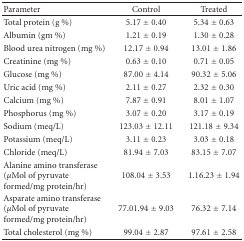
<table><thead><tr><td><b>Parameter</b></td><td><b>Control</b></td><td><b>Treated</b></td></tr></thead><tbody><tr><td>Total protein (g %)</td><td>5.17 ± 0.40</td><td>5.34 ± 0.63</td></tr><tr><td>Albumin (gm %)</td><td>1.21 ± 0.19</td><td>1.30 ± 0.28</td></tr><tr><td>Blood urea nitrogen (mg %)</td><td>12.17 ± 0.94</td><td>13.01 ± 1.86</td></tr><tr><td>Creatinine (mg %)</td><td>0.63 ± 0.10</td><td>0.71 ± 0.05</td></tr><tr><td>Glucose (mg %)</td><td>87.00 ± 4.14</td><td>90.32 ± 5.06</td></tr><tr><td>Uric acid (mg %)</td><td>2.11 ± 0.27</td><td>2.32 ± 0.30</td></tr><tr><td>Calcium (mg %)</td><td>7.87 ± 0.91</td><td>8.01 ± 1.07</td></tr><tr><td>Phosphorus (mg %)</td><td>3.07 ± 0.20</td><td>3.17 ± 0.19</td></tr><tr><td>Sodium (meq/L)</td><td>123.03 ± 12.11</td><td>121.18 ± 9.34</td></tr><tr><td>Potassium (meq/L)</td><td>3.11 ± 0.23</td><td>3.03 ± 0.18</td></tr><tr><td>Chloride (meq/L)</td><td>81.94 ± 7.03</td><td>83.15 ± 7.07</td></tr><tr><td>Alanine amino transferase (<i>μ</i>Mol of pyruvate formed/mg protein/hr)</td><td>108.04 ± 3.53</td><td>1.16.23 ± 1.94</td></tr><tr><td>Asparate amino transferase (<i>μ</i>Mol of pyruvate formed/mg protein/hr)</td><td>77.01.94 ± 9.03</td><td>76.32 ± 7.14</td></tr><tr><td>Total cholesterol (mg %)</td><td>99.04 ± 2.87</td><td>97.61 ± 2.58</td></tr></tbody></table>